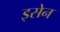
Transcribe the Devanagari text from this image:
इसेन